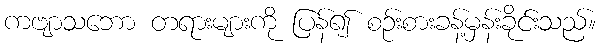
ကဗျာသဘော တရားများကို ပြန်၍ စဉ်းစားခန့်မှန်းခိုင်းသည်။